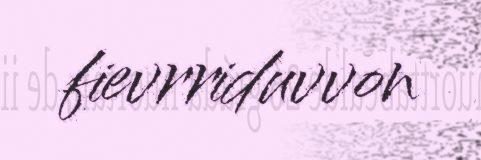
fievrriduvvon